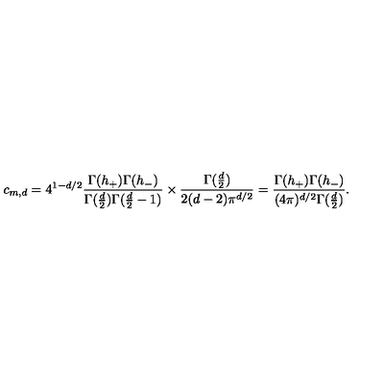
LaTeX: c _ { m , d } = 4 ^ { 1 - d / 2 } \frac { \Gamma ( h _ { + } ) \Gamma ( h _ { - } ) } { \Gamma ( \frac { d } { 2 } ) \Gamma ( \frac { d } { 2 } - 1 ) } \times \frac { \Gamma ( \frac { d } { 2 } ) } { 2 ( d - 2 ) \pi ^ { d / 2 } } = \frac { \Gamma ( h _ { + } ) \Gamma ( h _ { - } ) } { ( 4 \pi ) ^ { d / 2 } \Gamma ( \frac { d } { 2 } ) } .